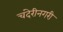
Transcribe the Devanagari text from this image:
चंदेरीनगरी